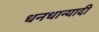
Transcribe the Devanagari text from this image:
धनधान्यादी